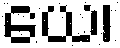
ယေ၊